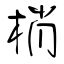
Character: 梢